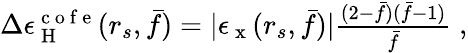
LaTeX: \begin{array}{r}{\Delta\epsilon_{\mathrm{~H~}}^{\mathrm{~c~o~f~e~}}(r_{s},\bar{f})=|\epsilon_{\mathrm{~x~}}(r_{s},\bar{f})|\frac{(2-\bar{f})(\bar{f}-1)}{\bar{f}}\; ,}\end{array}